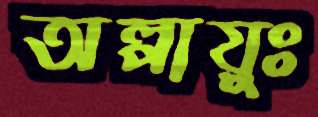
অল্পায়ুঃ